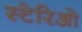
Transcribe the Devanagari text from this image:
स्टेरिओ